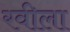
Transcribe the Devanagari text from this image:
रवीला